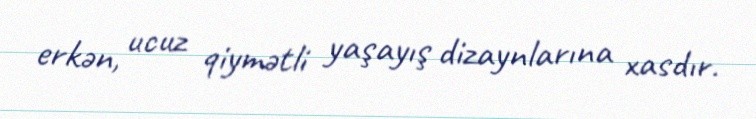
erkən, ucuz qiymətli yaşayış dizaynlarına xasdır.